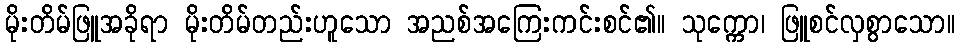
မိုးတိမ်ဖြူအခိုရာ မိုးတိမ်တည်းဟူသော အညစ်အကြေးကင်းစင်၏။ သုက္ကော၊ ဖြူစင်လှစွာသော။